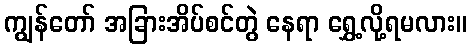
ကျွန်တော် အခြားအိပ်စင်တွဲ နေရာ ရွှေ့လို့ရမလား။